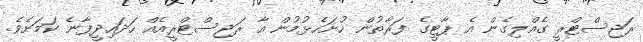
ރަޖިސްޓްރީ ގެއްލިގެން އެ ޕާޓީގެ ފަރާތުން ހުށަހެޅުމުން އާ ރަޖިސްޓްރީއެއް ހަދައިދީފާނެ ކަމަށެވެ.